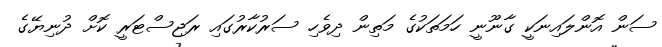
ސަން އޮންލައިނަކީ ގާނޫނީ ހަމަތަކުގެ މަތިން ދިވެހި ސަރުކާރުގައި ރަޖިސްޓަރީ ކޮށް ދުނިޔޭގެ